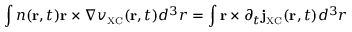
\int n ( { \bf r } , t ) { \bf r } \times \nabla v _ { \scriptscriptstyle \mathrm { X C } } ( { \bf r } , t ) d ^ { 3 } r = \int { \bf r } \times \partial _ { t } { \bf j } _ { \scriptscriptstyle \mathrm { X C } } ( { \bf r } , t ) d ^ { 3 } r